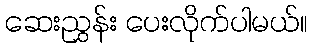
ဆေးညွှန်း ပေးလိုက်ပါမယ်။